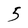
Character: 5